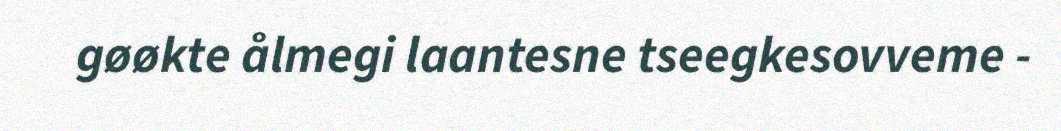
gøøkte ålmegi laantesne tseegkesovveme -